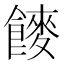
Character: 𮩍